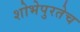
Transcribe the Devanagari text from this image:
शोभेपुरतेच